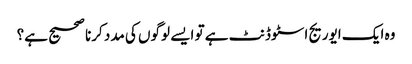
وہ ایک ایوریج اسٹوڈنٹ ہے تو ایسے لوگوں کی مدد کرنا صحیح ہے؟